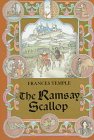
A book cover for The Ramsay Scallop; Frances Temple; Teen & Young Adult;